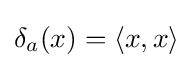
\delta _{a}(x)=\langle x,x\rangle